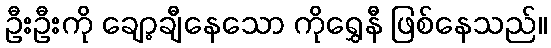
ဦးဦးကို ချော့ချီနေသော ကိုရွှေနီ ဖြစ်နေသည်။